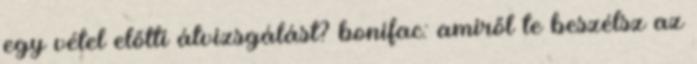
egy vétel előtti átvizsgálást? bonifac: amiről te beszélsz az